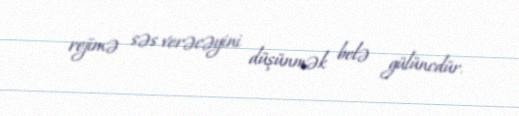
rejimə səs verəcəyini düşünmək belə gülüncdür.